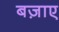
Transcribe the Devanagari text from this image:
बज़ाए